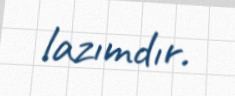
lazımdır.